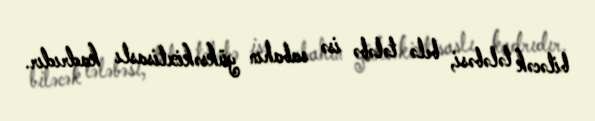
biləcək tələbəsi, belə tələbə isə sabahın yüksəkixtisaslı kadrıdır.